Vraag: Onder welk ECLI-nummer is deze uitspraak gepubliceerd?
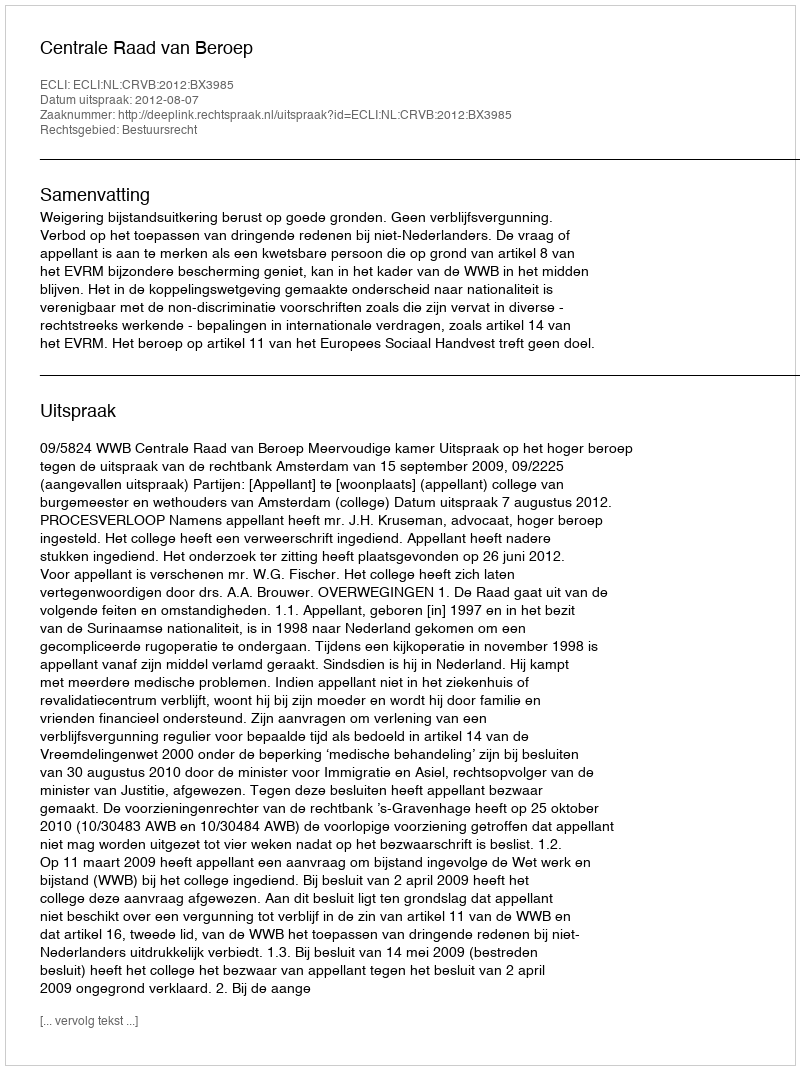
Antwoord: ECLI:NL:CRVB:2012:BX3985